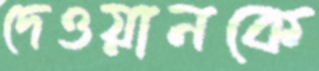
দেওয়ানকে